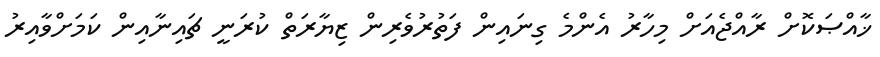
ޚާއްޞަކޮށް ރާއްޖެއަށް މިހާރު އެންމެ ގިނައިން ފަތުރުވެރިން ޒިޔާރަތް ކުރަނީ ޗައިނާއިން ކަމަށްވާއިރު